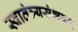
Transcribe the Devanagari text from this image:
स्वातंत्र्यसंभवम्